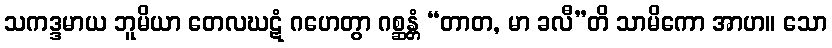
သကဒ္ဒမာယ ဘူမိယာ တေလဃဋံ ဂဟေတွာ ဂစ္ဆန္တံ “တာတ, မာ ခလီ”တိ သာမိကော အာဟ။ သော